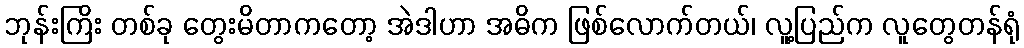
ဘုန်းကြိး တစ်ခု တွေးမိတာကတော့ အဲဒါဟာ အဓိက ဖြစ်လောက်တယ်၊ လူ့ပြည်က လူတွေတန်ရုံ